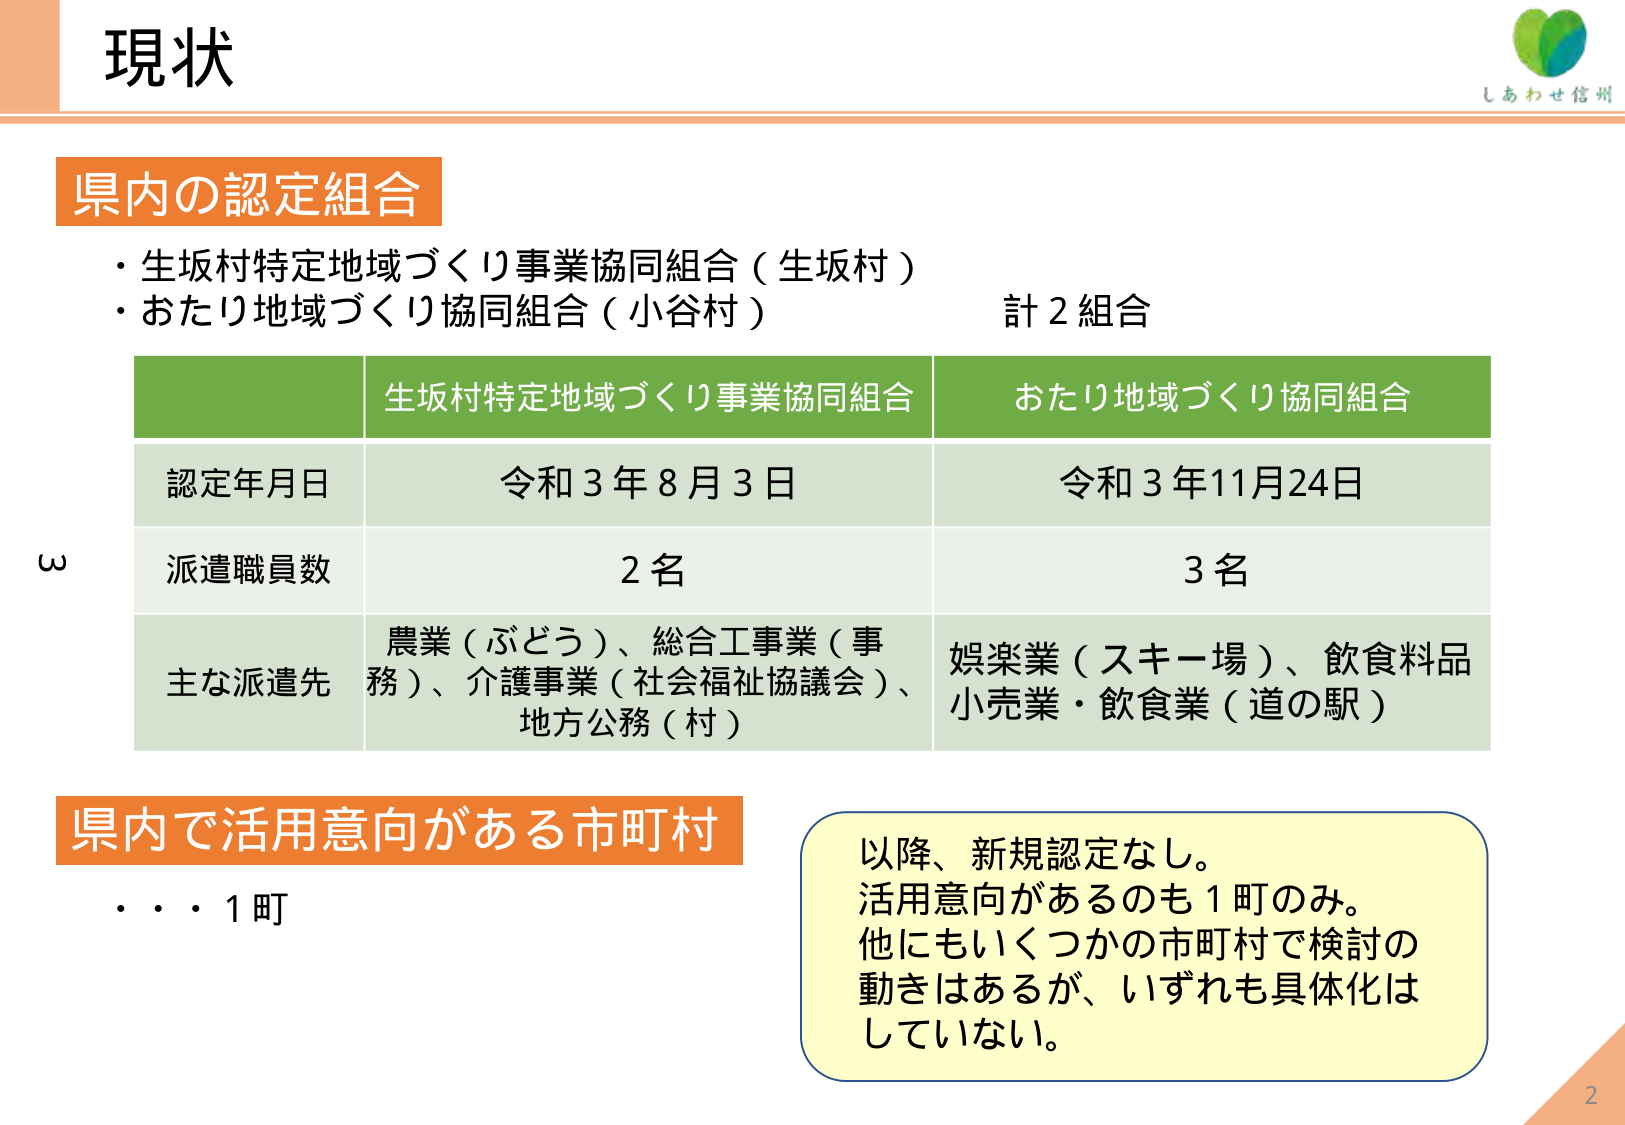
現状

しあわせ信州

県内の認定組合
・生坂村特定地域づくり事業協同組合（生坂村）
・おたり地域づくり協同組合（小谷村）　計2組合

生坂村特定地域づくり事業協同組合　おたり地域づくり協同組合
認定年月日　令和3年8月3日　令和3年11月24日
派遣職員数　2名　3名
主な派遣先　農業（ぶどう）、総合工事業（事務）、介護事業（社会福祉協議会）、地方公務（村）　娯楽業（スキー場）、飲食料品小売業・飲食業（道の駅）

県内で活用意向がある市町村
・・・1町

以降、新規認定なし。
活用意向があるのも1町のみ。
他にもいくつかの市町村で検討の動きはあるが、いずれも具体化はしていない。

2